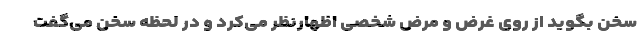
سخن بگوید از روی غرض و مرض شخصی اظهارنظر می‌کرد و در لحظه سخن می‌گفت